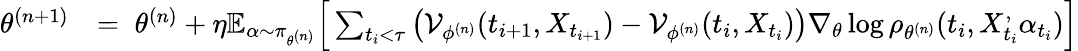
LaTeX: \begin{array}{rl}{\theta^{(n+1)}}&{=\; \theta^{(n)}+\eta\mathbb{E}_{\alpha\sim\pi_{\theta^{(n)}}}\Big[\sum_{t_{i}<\tau}\big({\cal V}_{\phi^{(n)}}(t_{i+1},X_{t_{i+1}})-{\cal V}_{\phi^{(n)}}(t_{i},X_{t_{i}})\big)\nabla_{\theta}\log\rho_{\theta^{(n)}}(t_{i},X_{t_{i}}^,\alpha_{t_{i}})\Big]}\end{array}